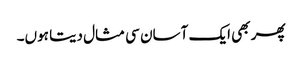
پھر بھی ایک آسان سی مثال دیتا ہوں۔